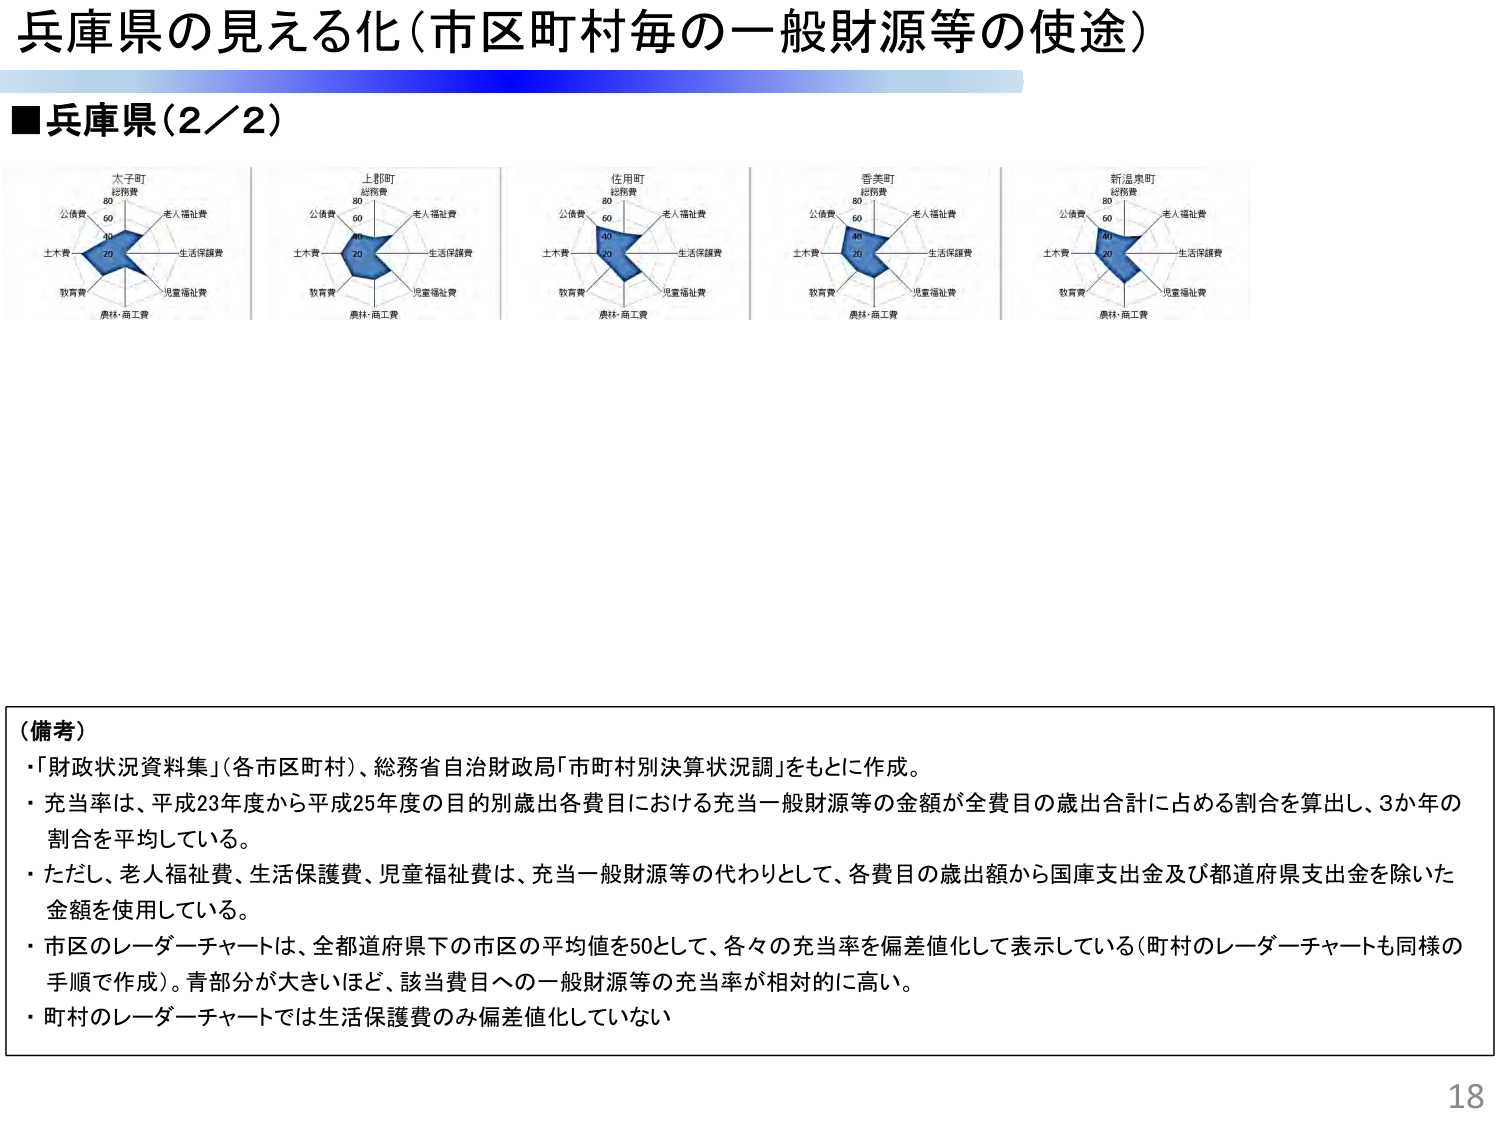
兵庫県の見える化（市区町村毎の一般財源等の使途）

■兵庫県（2／2）

太子町
総務費
80
60
40
20
公債費
老人福祉費
生活保護費
児童福祉費
教育費
農林・商工費
土木費

上郡町
総務費
80
60
40
20
公債費
老人福祉費
生活保護費
児童福祉費
教育費
農林・商工費
土木費

佐用町
総務費
80
60
40
20
公債費
老人福祉費
生活保護費
児童福祉費
教育費
農林・商工費
土木費

香美町
総務費
80
60
40
20
公債費
老人福祉費
生活保護費
児童福祉費
教育費
農林・商工費
土木費

新温泉町
総務費
80
60
40
20
公債費
老人福祉費
生活保護費
児童福祉費
教育費
農林・商工費
土木費

（備考）
・「財政状況資料集」（各市区町村）、総務省自治財政局「市町村別決算状況調」をもとに作成。
・充当率は、平成23年度から平成25年度の目的別歳出各費目における充当一般財源等の金額が全費目の歳出合計に占める割合を算出し、3か年の割合を平均している。
・ただし、老人福祉費、生活保護費、児童福祉費は、充当一般財源等の代わりとして、各費目の歳出額から国庫支出金及び都道府県支出金を除いた金額を使用している。
・市区のレーダーチャートは、全都道府県下の市区の平均値を50として、各々の充当率を偏差値化して表示している（町村のレーダーチャートも同様の手順で作成）。青部分が大きいほど、該当費目への一般財源等の充当率が相対的に高い。
・町村のレーダーチャートでは生活保護費のみ偏差値化していない

18